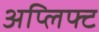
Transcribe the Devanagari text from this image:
अप्लिफ्ट